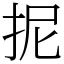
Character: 抳